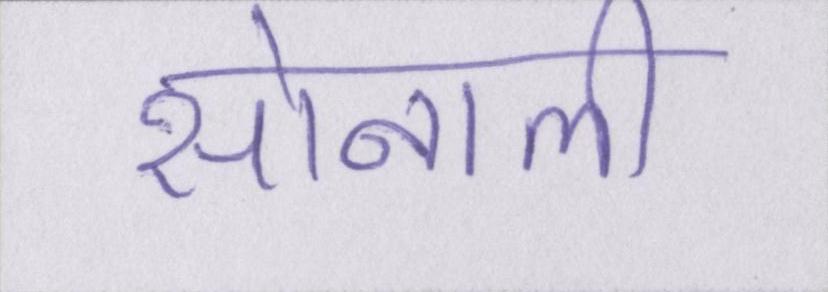
सोनाली